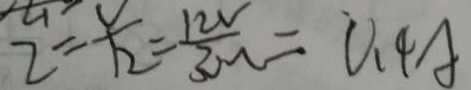
2 = \frac { v } { 1 2 } = \frac { 1 2 v } { 3 \Omega } = 0 . 4 A